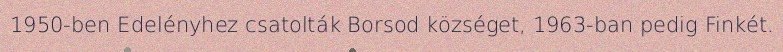
1950-ben Edelényhez csatolták Borsod községet, 1963-ban pedig Finkét.